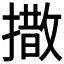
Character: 𪮫